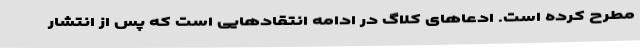
مطرح کرده است. ادعاهای کلاگ در ادامه انتقادهایی است که پس از انتشار